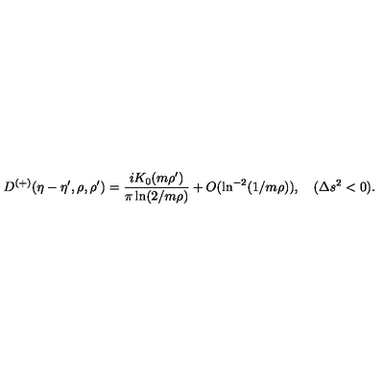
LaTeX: D ^ { ( + ) } ( \eta - \eta ^ { \prime } , \rho , \rho ^ { \prime } ) = \frac { i K _ { 0 } ( m \rho ^ { \prime } ) } { \pi \ln ( 2 / m \rho ) } + O ( \ln ^ { - 2 } ( 1 / m \rho ) ) , \quad ( \Delta s ^ { 2 } < 0 ) .